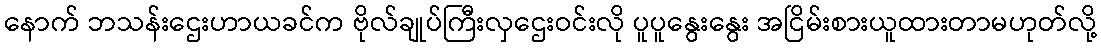
နောက် ဘသန်းဌေးဟာယခင်က ဗိုလ်ချုပ်ကြီးလှဌေးဝင်းလို ပူပူနွေးနွေး အငြိမ်းစားယူထားတာမဟုတ်လို့